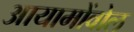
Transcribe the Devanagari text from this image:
आयामोंवोल